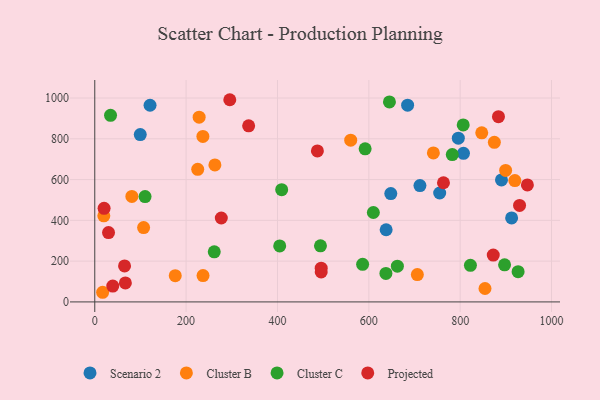
{"axis": {"x": "Engine Size", "y": "Rating"}, "legend": ["Cluster B", "Cluster C", "Projected", "Scenario 2"], "data": [{"x": "121.0", "y": 964.4, "type": "Scenario 2"}, {"x": "890.4", "y": 598.5, "type": "Scenario 2"}, {"x": "684.9", "y": 964.9, "type": "Scenario 2"}, {"x": "648.1", "y": 531.1, "type": "Scenario 2"}, {"x": "912.6", "y": 412.0, "type": "Scenario 2"}, {"x": "99.6", "y": 820.5, "type": "Scenario 2"}, {"x": "711.9", "y": 570.7, "type": "Scenario 2"}, {"x": "807.2", "y": 728.9, "type": "Scenario 2"}, {"x": "755.1", "y": 534.2, "type": "Scenario 2"}, {"x": "637.9", "y": 354.0, "type": "Scenario 2"}, {"x": "795.9", "y": 803.1, "type": "Scenario 2"}, {"x": "263.0", "y": 671.7, "type": "Cluster B"}, {"x": "919.7", "y": 595.0, "type": "Cluster B"}, {"x": "874.8", "y": 782.7, "type": "Cluster B"}, {"x": "236.7", "y": 811.6, "type": "Cluster B"}, {"x": "176.2", "y": 128.6, "type": "Cluster B"}, {"x": "741.3", "y": 730.7, "type": "Cluster B"}, {"x": "899.5", "y": 645.0, "type": "Cluster B"}, {"x": "19.8", "y": 422.1, "type": "Cluster B"}, {"x": "225.4", "y": 650.5, "type": "Cluster B"}, {"x": "228.5", "y": 906.0, "type": "Cluster B"}, {"x": "560.3", "y": 793.0, "type": "Cluster B"}, {"x": "847.2", "y": 829.1, "type": "Cluster B"}, {"x": "17.2", "y": 47.3, "type": "Cluster B"}, {"x": "854.3", "y": 65.7, "type": "Cluster B"}, {"x": "81.2", "y": 517.2, "type": "Cluster B"}, {"x": "106.9", "y": 364.7, "type": "Cluster B"}, {"x": "706.2", "y": 134.2, "type": "Cluster B"}, {"x": "237.0", "y": 129.0, "type": "Cluster B"}, {"x": "404.9", "y": 274.7, "type": "Cluster C"}, {"x": "409.2", "y": 550.5, "type": "Cluster C"}, {"x": "806.6", "y": 868.2, "type": "Cluster C"}, {"x": "782.7", "y": 722.8, "type": "Cluster C"}, {"x": "662.5", "y": 175.2, "type": "Cluster C"}, {"x": "34.5", "y": 915.0, "type": "Cluster C"}, {"x": "926.8", "y": 148.5, "type": "Cluster C"}, {"x": "637.4", "y": 139.5, "type": "Cluster C"}, {"x": "591.9", "y": 751.0, "type": "Cluster C"}, {"x": "261.6", "y": 245.6, "type": "Cluster C"}, {"x": "609.9", "y": 438.6, "type": "Cluster C"}, {"x": "645.1", "y": 980.8, "type": "Cluster C"}, {"x": "822.4", "y": 179.6, "type": "Cluster C"}, {"x": "586.4", "y": 184.2, "type": "Cluster C"}, {"x": "897.2", "y": 182.0, "type": "Cluster C"}, {"x": "110.1", "y": 516.6, "type": "Cluster C"}, {"x": "494.1", "y": 275.0, "type": "Cluster C"}, {"x": "495.7", "y": 165.5, "type": "Projected"}, {"x": "487.4", "y": 740.7, "type": "Projected"}, {"x": "495.7", "y": 147.2, "type": "Projected"}, {"x": "947.1", "y": 574.0, "type": "Projected"}, {"x": "30.1", "y": 340.2, "type": "Projected"}, {"x": "763.4", "y": 584.4, "type": "Projected"}, {"x": "872.4", "y": 229.8, "type": "Projected"}, {"x": "277.0", "y": 411.6, "type": "Projected"}, {"x": "39.4", "y": 77.9, "type": "Projected"}, {"x": "295.6", "y": 991.6, "type": "Projected"}, {"x": "336.9", "y": 863.5, "type": "Projected"}, {"x": "67.0", "y": 93.1, "type": "Projected"}, {"x": "883.8", "y": 908.7, "type": "Projected"}, {"x": "20.4", "y": 459.2, "type": "Projected"}, {"x": "930.0", "y": 473.3, "type": "Projected"}, {"x": "65.2", "y": 176.6, "type": "Projected"}]}